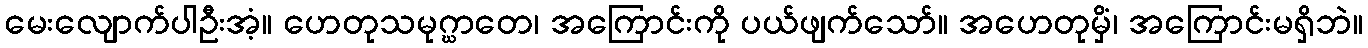
မေးလျောက်ပါဦးအံ့။ ဟေတုသမုဂ္ဃာတေ၊ အကြောင်းကို ပယ်ဖျက်သော်။ အဟေတုမှိံ၊ အကြောင်းမရှိဘဲ။